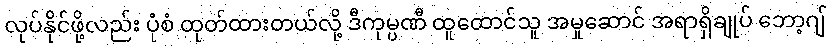
လုပ်နိုင်ဖို့လည်း ပုံစံ ထုတ်ထားတယ်လို့ ဒီကုမ္ပဏီ ထူထောင်သူ အမှုဆောင် အရာရှိချုပ် ဘော့ဂျ်